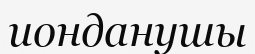
ионданушы